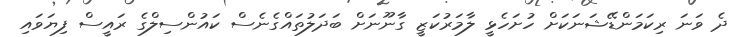
ދެ ވަނަ ރިކަމަންޑޭޝަނަކަށް ހުށަހެޅީ ލާމަރުކަޒީ ގާނޫނަށް ބަދަލުތައްގެނެސް ކައުންސިލްގެ ރައީސް ފިޔަވައި